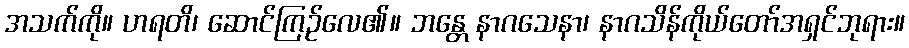
အသက်ကို။ ဟရတိ၊ ဆောင်ကြဉ်လေ၏။ ဘန္တေ နာဂသေနာ၊ နာဂသိန်ကိုယ်တော်အရှင်ဘုရား။